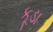
કૂડા